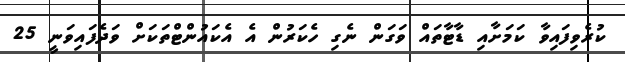
ކުރެވިފައިވާ ކަމަށާއި ޑާޓާތައް ވަގަން ނެގި ހެކަރުން އެ އެކައުންޓްތަކަށް ވަދެފައިވަނީ 25